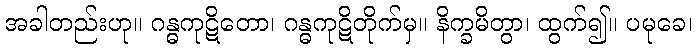
အခါတည်းဟု။ ဂန္ဓကုဋိတော၊ ဂန္ဓကုဋိတိုက်မှ။ နိက္ခမိတွာ၊ ထွက်၍။ ပမုခေ၊